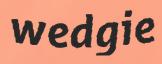
wedgie